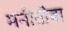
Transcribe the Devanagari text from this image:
मनीतोबा